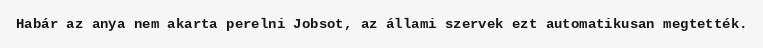
Habár az anya nem akarta perelni Jobsot, az állami szervek ezt automatikusan megtették.